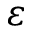
\varepsilon